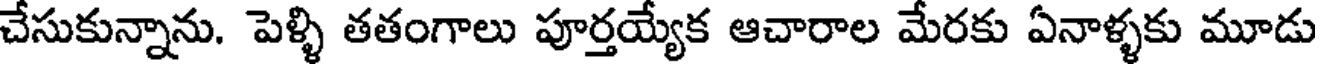
చేసుకున్నాను. పెళ్ళి తతంగాలు పూర్తయ్యేక ఆచారాల మేరకు ఏనాళ్ళకు మూడు